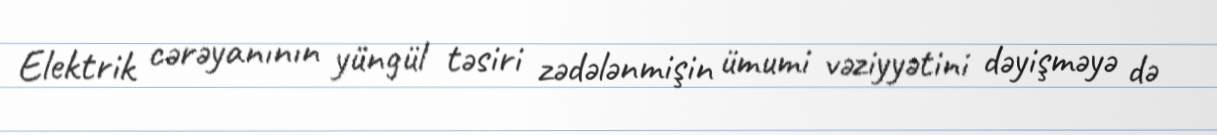
Elektrik cərəyanının yüngül təsiri zədələnmişin ümumi vəziyyətini dəyişməyə də